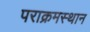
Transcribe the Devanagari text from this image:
पराक्रमस्थान